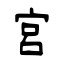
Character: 宫